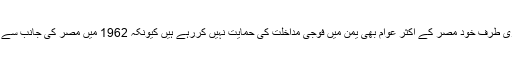
اسی وجہ سے عبد الفتاح سیسی کوئی واضح فیصلہ نہیں کرسکے ہیں اور دوسری طرف خود مصر کے اکثر عوام بھی یمن میں فوجی مداخلت کی حمایت نہیں کررہے ہیں کیونکہ 1962 میں مصر کی جانب سے یمن میں فوجی مداخلت کے تلخ تجربے کو ابھی مصری عوام بھولے نہیں ہے۔